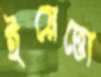
ইয়েত্তো